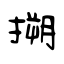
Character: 搠